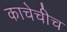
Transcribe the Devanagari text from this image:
काचेचीच